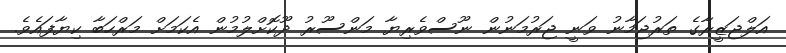
އަލްޖަޒީރާގެ ތަރުޖަމާނު ވަނީ ޖަރުމަނުން ނޫސްވެރިޔާ މަންސޫރު ދޫކޮށްލުމުން އެކަމަށް މަރްހަބާ ކިޔާފައެވެ.